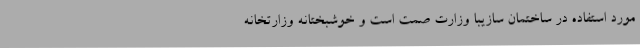
مورد استفاده در ساختمان سازیبا وزارت صمت است و خوشبختانه وزارتخانه